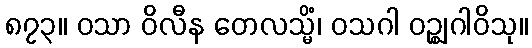
၈၇၃။ ဝသာ ဝိလီန တေလသ္မိံ၊ ဝသဂါ ဝဉ္ဈဂါဝိသု။